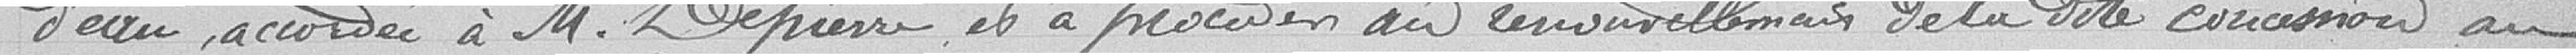
d'eau, accordée à M. Depierre et à procéder au renouvellement de ladite concession au